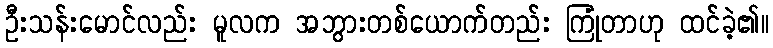
ဦးသန်းမောင်လည်း မူလက အဘွားတစ်ယောက်တည်း ကြုံတာဟု ထင်ခဲ့၏။